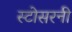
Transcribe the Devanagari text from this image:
स्टोसरनी